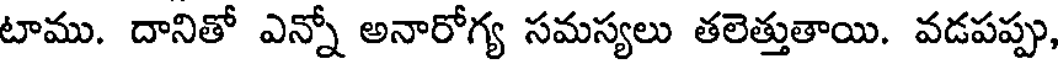
టాము. దానితో ఎన్నో అనారోగ్య సమస్యలు తలెత్తుతాయి. వడపప్పు,